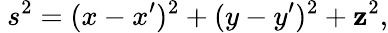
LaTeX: ~s^{2}=(x-x^{\prime})^{2}+(y-y^{\prime})^{2}+\mathbf{z}^{2},